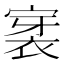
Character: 𮖊